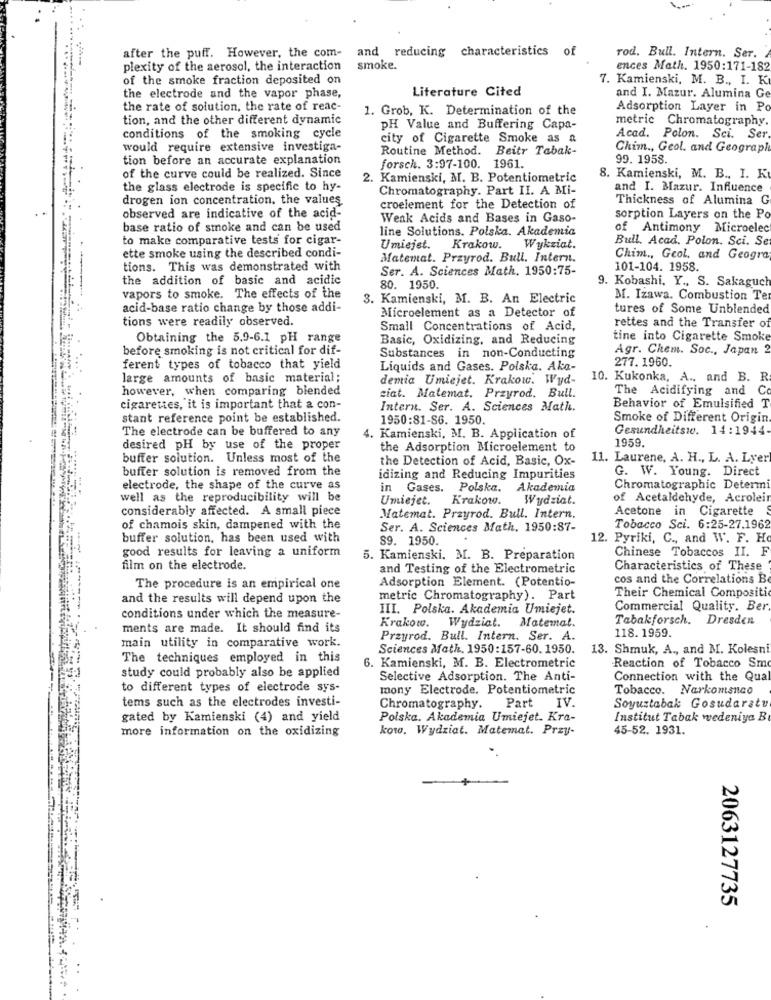
and reducing characteristics of
after the puff. However, the com-
rod. Bull. Intern. Ser.
plexity of the aerosol, the interaction
smoke.
ences Math. 1950:171-182
of the smoke fraction deposited on
7. Kamienski, M. B ., I. K
Literature Cited
the electrode and the vapor phase,
and I. Mazur. Alumina Ge
the rate of solution, the rate of reac-
1. Grob, K. Determination of the
Adsorption Layer in Po
tion, and the other different dynamic
metric Chromatography.
PH Value and Buffering Capa-
conditions of the smoking cycle
city of Cigarette Smoke as a
Acad. Polon. Sci. Ser
would require extensive investiga-
Routine Method. Beitr Tabak-
Chim ., Geol. and Geograph
tion before an accurate explanation
99. 1958.
forsch. 3:97-100. 1961.
of the curve could be realized. Since
2. Kamienski, M. B. Potentiometric
8. Kamienski, M. B ., I. K
the glass electrode is specific to hy-
Chromatography. Part II. A Mi-
and I. Mazur. Influence
drogen ion concentration, the values
Thickness of Alumina G
croelement for the Detection of
observed are indicative of the acid-
Weak Acids and Bases in Gaso-
sorption Layers on the Po
base ratio of smoke and can be used
line Solutions. Polska. Akademia
of Antimony Microele
to make comparative tests for cigar-
Bull. Acad. Polon. Sci. Se
ette smoke using the described condi-
Umiejet. Krakow. Wykziat.
Matemat. Przyrod. Bull. Intern.
Chim ., Geol, and Geogra
tions. This was demonstrated with
Ser. A. Sciences Math, 1950:75-
101-104. 1958.
the addition of basic and acidic
80. 1950
9. Kobashi. Y ., S. Sakaguch
vapors to smoke. The effects of the
3. Kamienski, M. B. An Electric
MI. Izawa. Combustion Te
acid-base ratio change by those addi-
tures of Some Unblended
tions were readily observed.
Microelement as a Detector of
Small Concentrations of Acid,
rettes and the Transfer of
Obtaining the 5.9-6.1 pH range
Basic, Oxidizing, and Reducing
tine into Cigarette Smoke
before smoking is not critical for dif-
Agr. Chem. Soc ., Japan
Substances in non-Conducting
277.1960.
ferent types of tobacco that yield
Liquids and Gases. Polska. Aka-
large amounts of basic material;
demia Umiejet. Krakow. Wyd-
10. Kukonka, A ., and B. R
however, when comparing blended
The Acidifying and Co
siat. Matemat. Przyrod. Bull.
cigarettes, it is important that a con-
Intern. Ser. A. Sciences Math.
Behavior of Emulsified T
stant reference point be established.
1950:81-S6. 1950.
Smoke of Different Origin.
The electrode can be buffered to any
Gesundheitswe. 14:1944
4. Kamienski, M. B. Application of
1959.
desired pH by use of the proper
the Adsorption Microelement to
buffer solution. Unless most of the
the Detection of Acid, Basic, Ox-
11. Laurene, A. H ., L. A. Lyer
buffer solution is removed from the
G. W. Young. Direct
idizing and Reducing Impurities
electrode, the shape of the curve as
in Gases. Polska.
Akademia
Chromatographic Determi
well as the reproducibility will be
Umiejet. Krakow.
Wydział.
of Acetaldehyde, Acrolei
considerably affected. A small piece
Acetone in Cigarette
Matemat. Przyrod. Bull. Intern.
of chamois skin, dampened with the
Ser. A. Sciences Math. 1950:87-
Tobacco Sci. 6:25-27.1962
buffer solution, has been used with
89. 1950.
12. Pyriki, C ., and W. F. H
good results for leaving a uniform
Chinese Tobaccos II. F
5. Kamienski. M. B. Preparation
film on the electrode.
and Testing of the Electrometric
Characteristics of These
Adsorption Element. (Potentio-
cos and the Correlations B
The procedure is an empirical one
and the results will depend upon the
metric Chromatography). Part
Their Chemical Compositi
III. Polska. Akademia Umiejet.
Commercial Quality. Ber
conditions under which the measure-
Krakow. Wydział. Matemal.
Tabakforsch. Dresden
ments are made. It should find its
Przyrod. Bull. Intern. Ser. A.
118. 1959.
main utility in comparative work.
Sciences Math, 1950:157-60. 1950.
13. Shmuk, A ., and M. Kolesni
The techniques employed in this
study could probably also be applied
6. Kamienski, M. B. Electrometric
Reaction of Tobacco Smo
Selective Adsorption. The Anti-
Connection with the Qual
to different types of electrode sys-
mony Electrode. Potentiometric
Tobacco. Narkomsnco
tems such as the electrodes investi-
Chromatography. Part
IV.
Soyuztabak Gosudaratu
gated by Kamienski (4) and yield
Polska. Akademia Umiejet. Kra-
Institut Tabak wedeniya B
more information on the oxidizing
kow. Wydziat. Matemat. Przy-
45-52. 1931.
2063127735